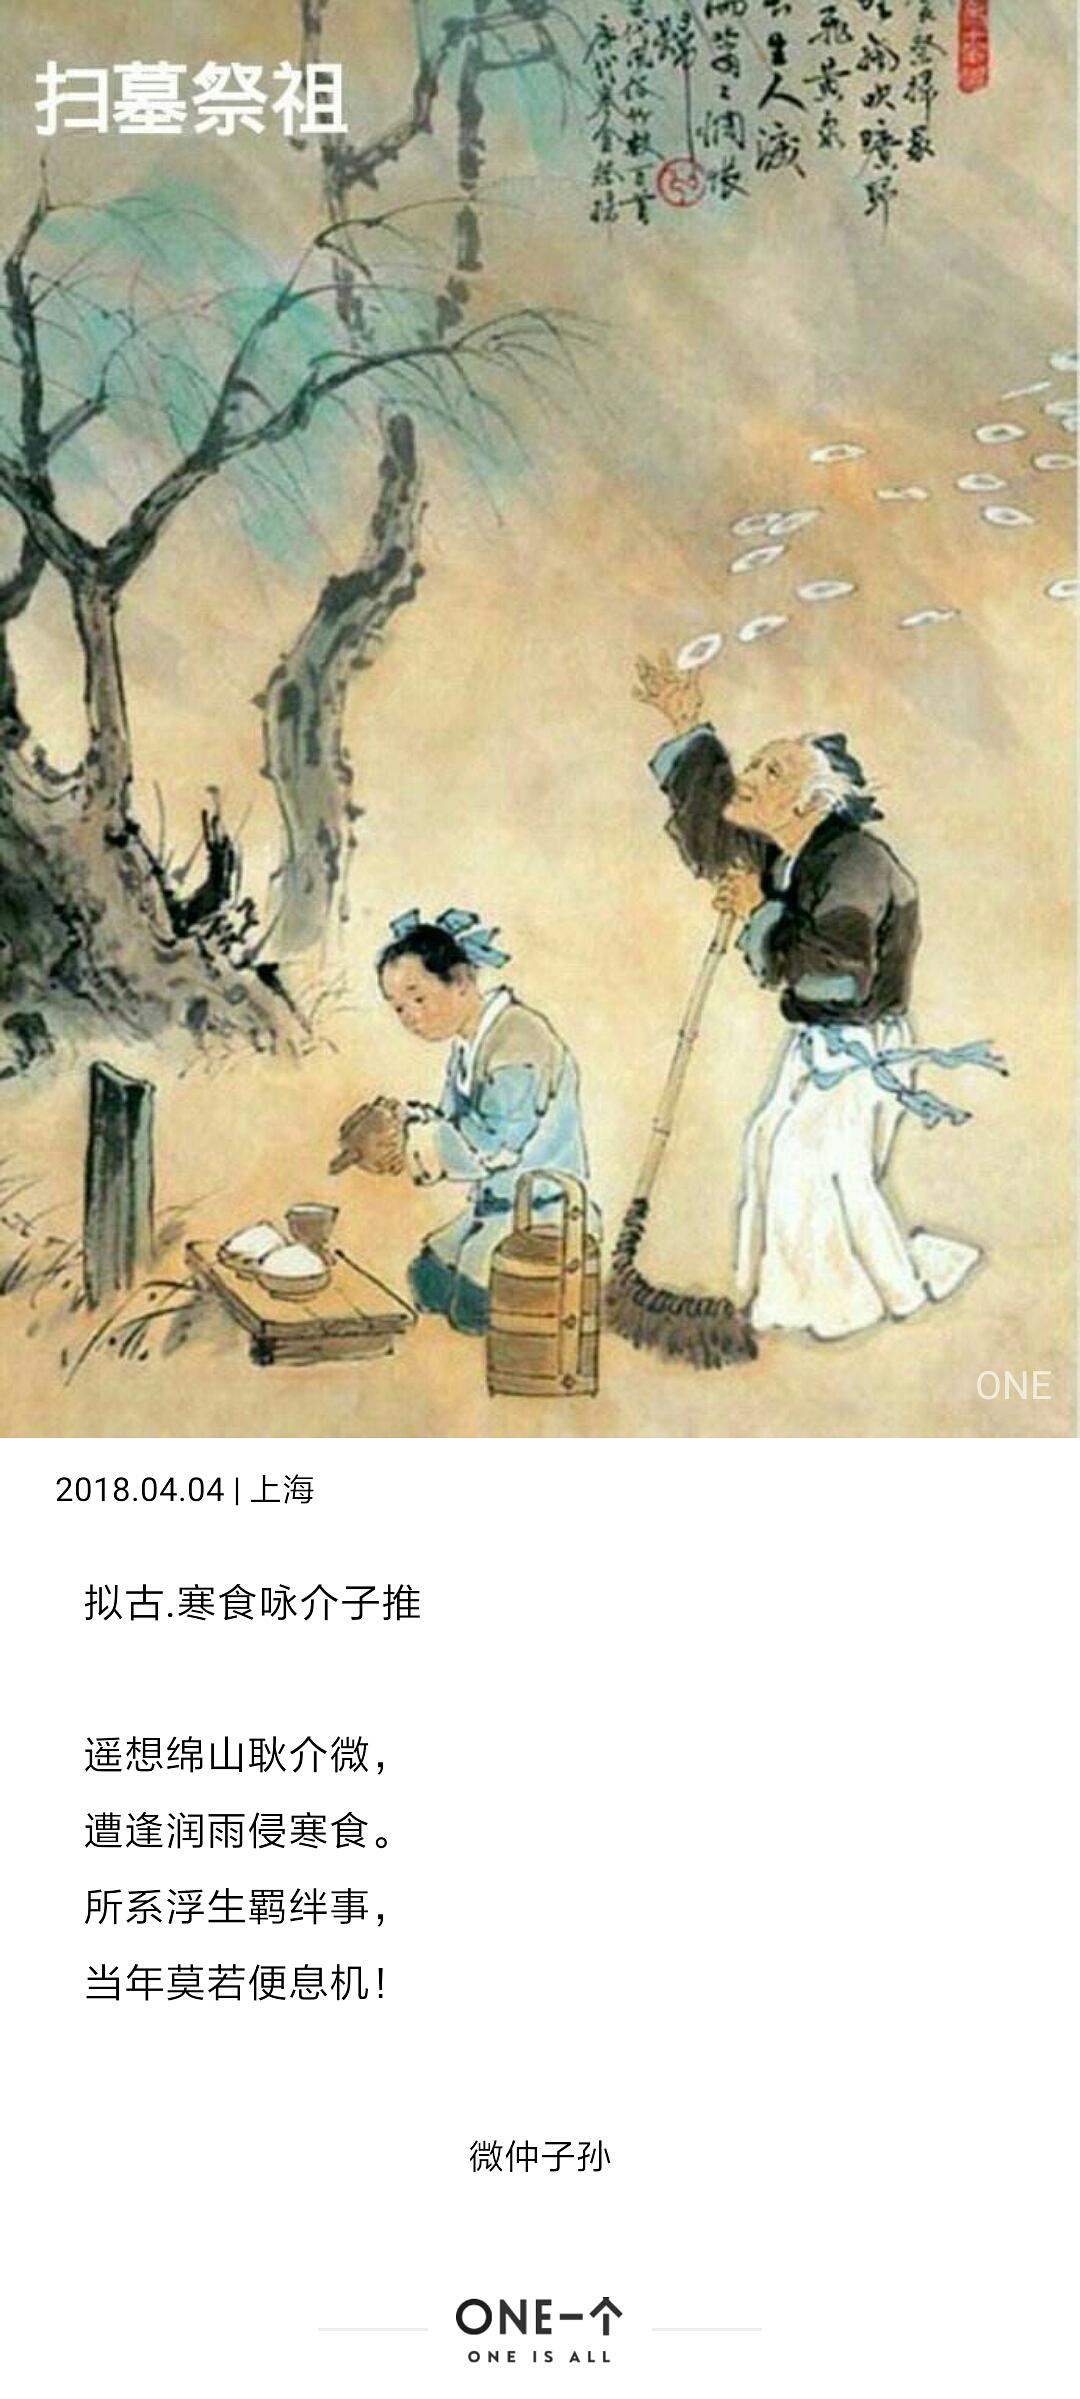
寒食不多时，牡丹初卖。